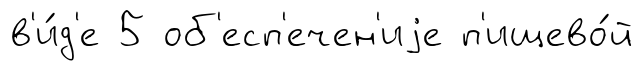
в'и́д'е 5 об'есп'ечен'иjе п'ищево́й